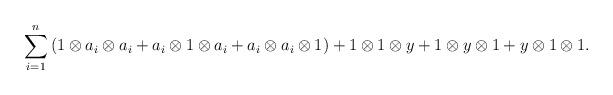
LaTeX: \begin{align*}\sum_{i=1}^n{(1 \otimes a_i \otimes a_i +a_i \otimes 1 \otimes a_i + a_i \otimes a_i \otimes 1)} + 1 \otimes 1 \otimes y + 1 \otimes y \otimes 1 + y \otimes 1 \otimes 1. \end{align*}